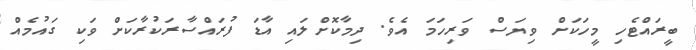
ބީރައްޓެހި މީހަކަށް ވިޔަސް ވަރިހަމަ އެވެ. ދިމާކޮށްލައި އާޑަ ފުރައްސާރަކުރާކަށް ވަކި ގައުމެއް